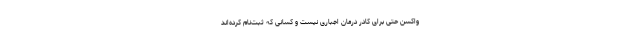
واکسن حتی برای کادر درمان اجباری نیست و کسانی که ثبت‌نام کرده‌اند